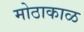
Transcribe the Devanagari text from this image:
मोठाकाळ